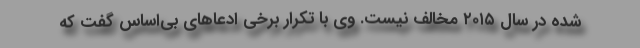
شده در سال ۲۰۱۵ مخالف نیست. وی با تکرار برخی ادعاهای بی‌اساس گفت که